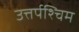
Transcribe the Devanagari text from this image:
उत्तर्पश्चिम